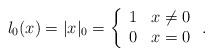
LaTeX: \begin{align*} l_0(x)=|x|_0 = \left\{ \begin{array}{ll} 1 & x \neq 0 \\ 0 & x = 0 \end{array} \right.. \end{align*}